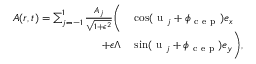
\begin{array} { r l } { \boldsymbol { A } ( \boldsymbol { r } , t ) = \sum _ { j = - 1 } ^ { 1 } \frac { A _ { j } } { \sqrt { 1 + \epsilon ^ { 2 } } } \biggl ( } & { { } \cos ( \mathrm { ~ u ~ } _ { j } + \phi _ { \mathrm { ~ c ~ e ~ p ~ } } ) \boldsymbol { e } _ { x } } \\ { + \epsilon \Lambda } & { { } \sin ( \mathrm { ~ u ~ } _ { j } + \phi _ { \mathrm { ~ c ~ e ~ p ~ } } ) \boldsymbol { e } _ { y } \biggr ) , } \end{array}